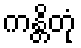
ကန္တိတုံ